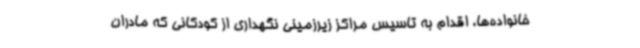
خانواده‌ها، اقدام به تاسیس مراکز زیرزمینی نگهداری از کودکانی که مادران